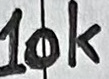
Text: 10K